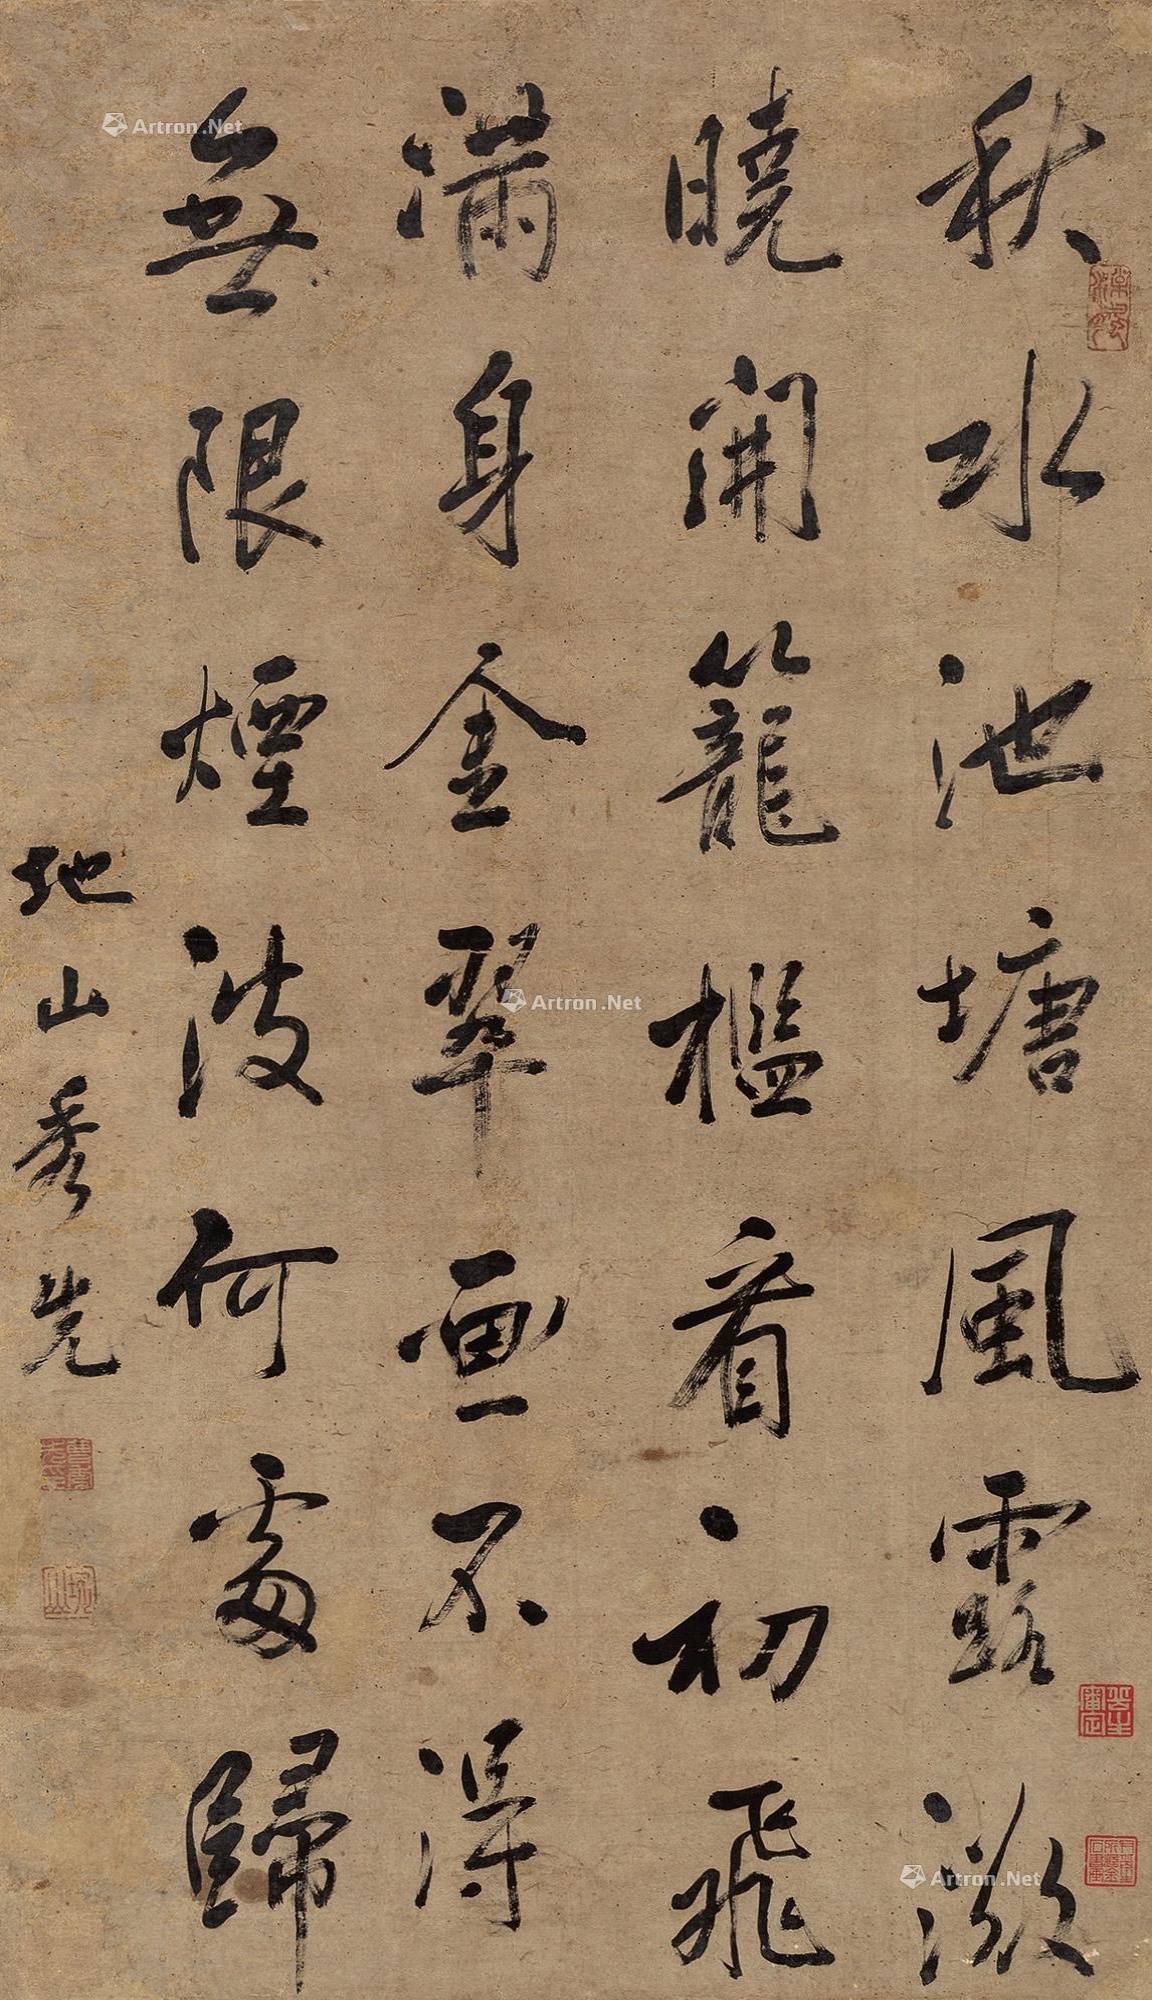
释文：秋水池塘风露微，晓开笼槛看初飞。满身金翠画不得，无限烟波何处归。地山秀先。